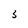
Character: 3